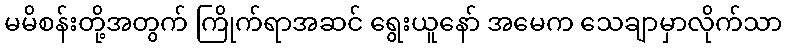
မမိစန်းတို့အတွက် ကြိုက်ရာအဆင် ရွေးယူနော် အမေက သေချာမှာလိုက်သာ